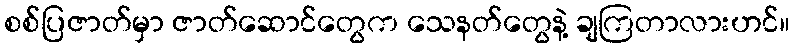
စစ်ပြဇာတ်မှာ ဇာတ်ဆောင်တွေက သေနတ်တွေနဲ့ ချကြတာလားဟင်။